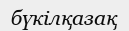
бүкілқазақ